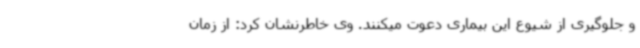
و جلوگیری از شیوع این بیماری دعوت میکنند. وی خاطرنشان کرد: از زمان